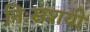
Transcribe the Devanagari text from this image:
निःसंशयी